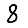
Digit: 8